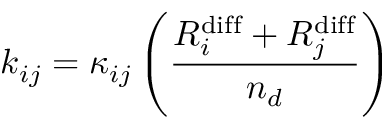
k _ { i j } = \kappa _ { i j } \left( \frac { R _ { i } ^ { \mathrm { { d i f f } } } + R _ { j } ^ { \mathrm { { d i f f } } } } { n _ { d } } \right)